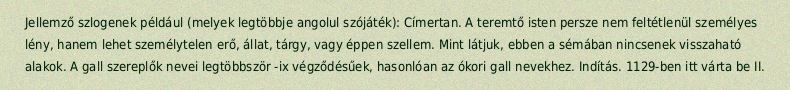
Jellemző szlogenek például (melyek legtöbbje angolul szójáték): Címertan. A teremtő isten persze nem feltétlenül személyes lény, hanem lehet személytelen erő, állat, tárgy, vagy éppen szellem. Mint látjuk, ebben a sémában nincsenek visszaható alakok. A gall szereplők nevei legtöbbször -ix végződésűek, hasonlóan az ókori gall nevekhez. Indítás. 1129-ben itt várta be II.